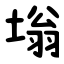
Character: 塕